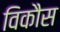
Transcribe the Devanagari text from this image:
विकाैस